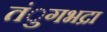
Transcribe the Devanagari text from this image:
तंुगभद्रा